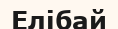
Елібай